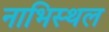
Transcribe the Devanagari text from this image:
नाभिस्थल